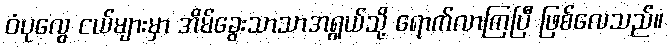
ဝံပုလွေ ငယ်များမှာ အိမ်ခွေးသာသာအရွယ်သို့ ရောက်လာကြပြီ ဖြစ်လေသည်။